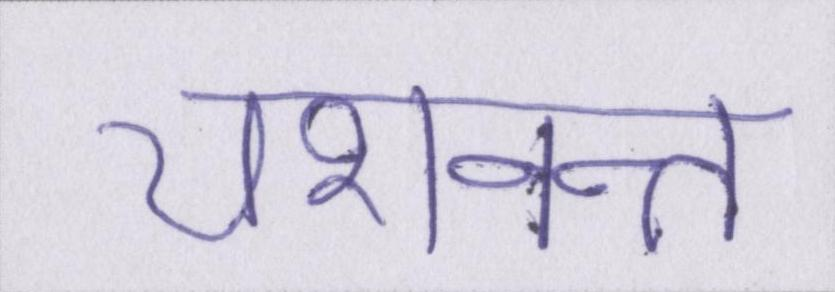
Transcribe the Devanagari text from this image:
यशवन्त